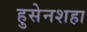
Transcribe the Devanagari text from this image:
हुसेनशहा